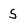
Character: S